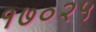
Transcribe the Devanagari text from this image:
१७०२५